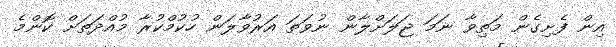
އިން ފެށިގެން މަތިވާ ނަމަ ޖަލަށްލާން ނުވަތަ އަރުވާލަން ހުކުމްކުރާ މުއްދަތަށް ކޮންމެ